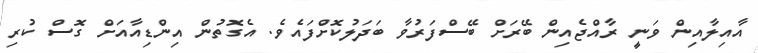
އާއިލާއިން ވަނީ ރާއްޖެއިން ބޭރަށް ބޭސްފަރުވާ ބަދަލުކޮށްފައެވެ. އެގޮތުން އިންޑިއާއަށް ގޮސް ކުރި